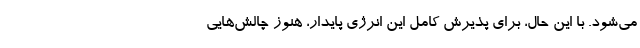
می‌شود. با این حال، برای پذیرش کامل این انرژی پایدار، هنوز چالش‌هایی